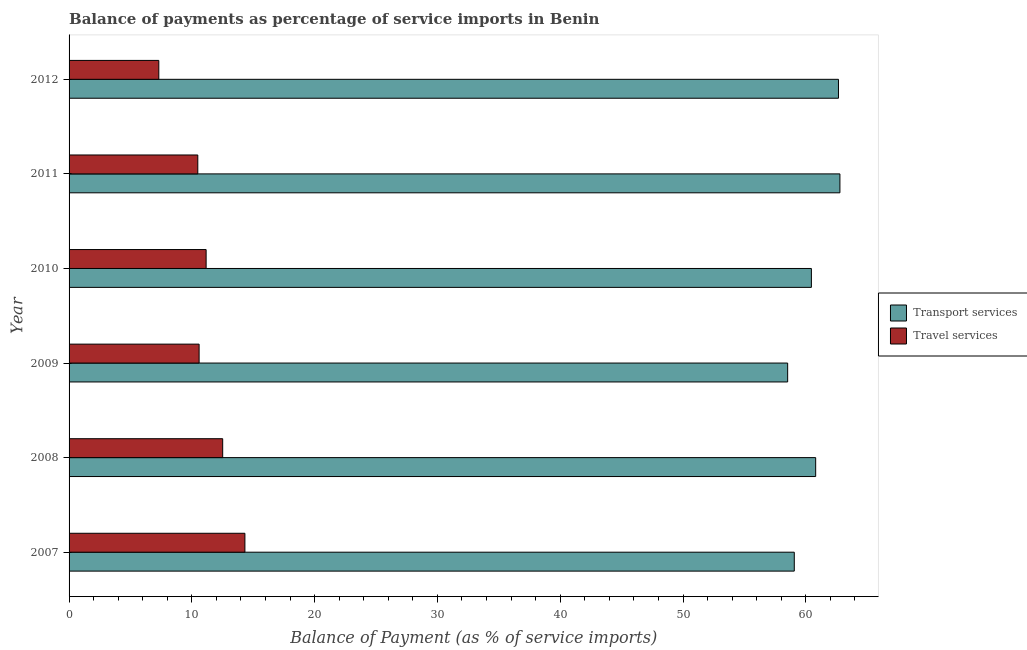
| Year | Transport services | Travel services |
 | --- | --- | --- |
 | 2007 | 59.1 | 14.3 |
 | 2008 | 60.8 | 12.5 |
 | 2009 | 58.5 | 10.6 |
 | 2010 | 60.5 | 11.2 |
 | 2011 | 62.8 | 10.5 |
 | 2012 | 62.7 | 7.31 |